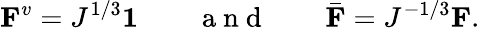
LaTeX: \mathbf{F}^{v}=J^{1/3}\boldsymbol{1}\qquad\mathrm{~a~n~d~}\qquad\bar{\mathbf{F}}=J^{-1/3}\mathbf{F}.